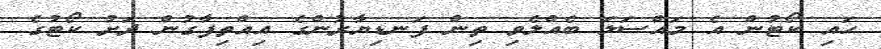
ހައި ކޯޓުން އެ މައްސަލަ ބެއްލެވި ތިން ފަނޑިޔާރުންގެ އިއްތިފާގުން ދަށު ކޯޓުގެ